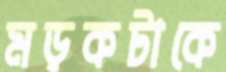
মড়কটাকে